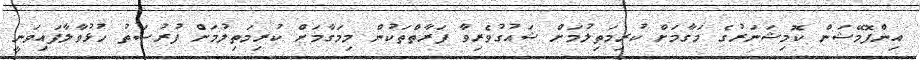
އިންފޮމޭޝަން ކޮމިޝަނަރުގެ މަގާމަށް ކުރިމަތިލުމަށް ޝައުގުވެރިވާ ފަރާތްތަކުން މިމަގާމަށް ކުރިމަތިލުމަށް ފުރުސަތު ހުޅުވާލާފައިވަނީ